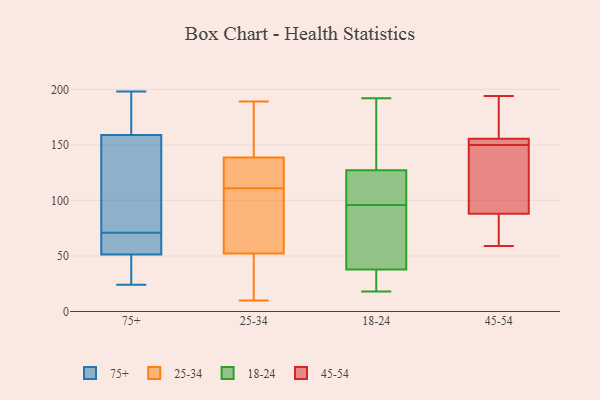
{"axis": {"x": "Demand Index", "y": "Value"}, "legend": ["18-24", "25-34", "45-54", "75+"], "data": [{"x": "", "y": 160, "type": "75+"}, {"x": "", "y": 71, "type": "75+"}, {"x": "", "y": 40, "type": "75+"}, {"x": "", "y": 162, "type": "75+"}, {"x": "", "y": 185, "type": "75+"}, {"x": "", "y": 33, "type": "75+"}, {"x": "", "y": 52, "type": "75+"}, {"x": "", "y": 57, "type": "75+"}, {"x": "", "y": 156, "type": "75+"}, {"x": "", "y": 78, "type": "75+"}, {"x": "", "y": 68, "type": "75+"}, {"x": "", "y": 51, "type": "75+"}, {"x": "", "y": 198, "type": "75+"}, {"x": "", "y": 24, "type": "75+"}, {"x": "", "y": 126, "type": "75+"}, {"x": "", "y": 112, "type": "25-34"}, {"x": "", "y": 43, "type": "25-34"}, {"x": "", "y": 41, "type": "25-34"}, {"x": "", "y": 121, "type": "25-34"}, {"x": "", "y": 189, "type": "25-34"}, {"x": "", "y": 93, "type": "25-34"}, {"x": "", "y": 145, "type": "25-34"}, {"x": "", "y": 56, "type": "25-34"}, {"x": "", "y": 10, "type": "25-34"}, {"x": "", "y": 111, "type": "25-34"}, {"x": "", "y": 51, "type": "25-34"}, {"x": "", "y": 126, "type": "25-34"}, {"x": "", "y": 143, "type": "25-34"}, {"x": "", "y": 180, "type": "25-34"}, {"x": "", "y": 34, "type": "25-34"}, {"x": "", "y": 112, "type": "25-34"}, {"x": "", "y": 83, "type": "25-34"}, {"x": "", "y": 168, "type": "25-34"}, {"x": "", "y": 88, "type": "25-34"}, {"x": "", "y": 98, "type": "18-24"}, {"x": "", "y": 140, "type": "18-24"}, {"x": "", "y": 96, "type": "18-24"}, {"x": "", "y": 38, "type": "18-24"}, {"x": "", "y": 188, "type": "18-24"}, {"x": "", "y": 18, "type": "18-24"}, {"x": "", "y": 19, "type": "18-24"}, {"x": "", "y": 37, "type": "18-24"}, {"x": "", "y": 79, "type": "18-24"}, {"x": "", "y": 108, "type": "18-24"}, {"x": "", "y": 68, "type": "18-24"}, {"x": "", "y": 192, "type": "18-24"}, {"x": "", "y": 123, "type": "18-24"}, {"x": "", "y": 94, "type": "45-54"}, {"x": "", "y": 188, "type": "45-54"}, {"x": "", "y": 86, "type": "45-54"}, {"x": "", "y": 150, "type": "45-54"}, {"x": "", "y": 166, "type": "45-54"}, {"x": "", "y": 107, "type": "45-54"}, {"x": "", "y": 194, "type": "45-54"}, {"x": "", "y": 156, "type": "45-54"}, {"x": "", "y": 61, "type": "45-54"}, {"x": "", "y": 67, "type": "45-54"}, {"x": "", "y": 147, "type": "45-54"}, {"x": "", "y": 154, "type": "45-54"}, {"x": "", "y": 154, "type": "45-54"}, {"x": "", "y": 152, "type": "45-54"}, {"x": "", "y": 59, "type": "45-54"}]}